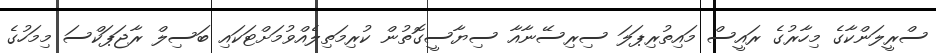
ސްރީލަންކާގެ މިހާރުގެ ރައީސް މައިތުރިޕަލަ ސިރިސޭނާއާ ސިޔާސީގޮތުން ކުރިމަތިލެއްވުމަށްޓަކައި ބަސިލް ރާޖަޕަކްސަ މިމަހުގެ